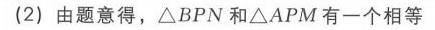
(2) 由题意得，\(\triangle BPN\)和\(\triangle APM\)有一个相等